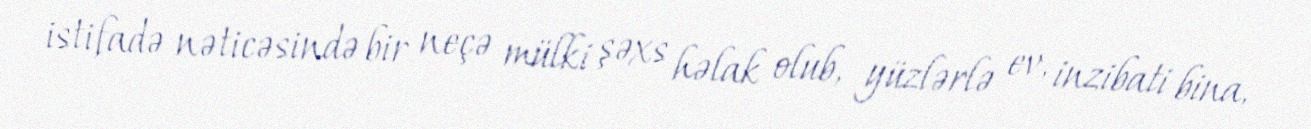
istifadə nəticəsində bir neçə mülki şəxs həlak olub, yüzlərlə ev, inzibati bina,